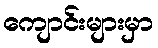
ကျောင်းများမှာ